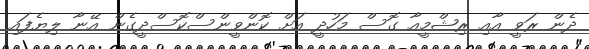
ދެން ރަވީ އާއި ރިޝްމީއާ ގޮސް މަހުދީ އަށް ކޮންވީންސްކޮސްދީގެން އޭނާ ލިޔެފައި